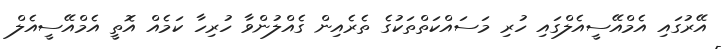
އޭރުގައި އެމްއޭސީއެލްގައި ހުރި މަސައްކަތްތަކުގެ ތެރެއިން ގެއްލުންވާ ހުރިހާ ކަމެއް އޮތީ އެމްއޭސީއެލް